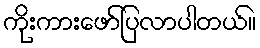
ကိုးကားဖော်ပြလာပါတယ်။